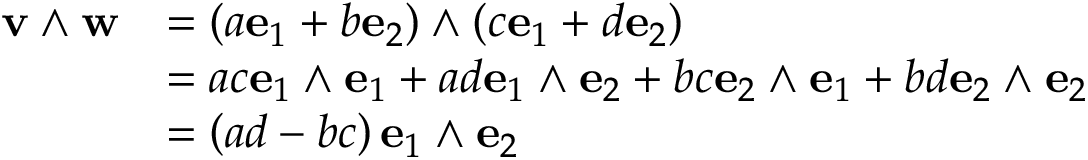
{ \begin{array} { r l } { \mathbf { v } \wedge \mathbf { w } } & { = ( a \mathbf { e } _ { 1 } + b \mathbf { e } _ { 2 } ) \wedge ( c \mathbf { e } _ { 1 } + d \mathbf { e } _ { 2 } ) } \\ & { = a c \mathbf { e } _ { 1 } \wedge \mathbf { e } _ { 1 } + a d \mathbf { e } _ { 1 } \wedge \mathbf { e } _ { 2 } + b c \mathbf { e } _ { 2 } \wedge \mathbf { e } _ { 1 } + b d \mathbf { e } _ { 2 } \wedge \mathbf { e } _ { 2 } } \\ & { = \left( a d - b c \right) \mathbf { e } _ { 1 } \wedge \mathbf { e } _ { 2 } } \end{array} }